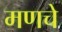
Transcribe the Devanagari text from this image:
मणचे